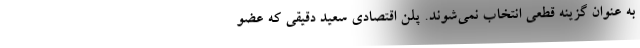
به عنوان گزینه قطعی انتخاب نمی‌شوند. پلن اقتصادی سعید دقیقی که عضو